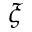
\xi